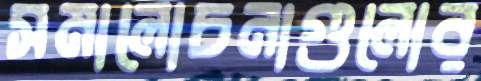
সমালোচনাগুলোর